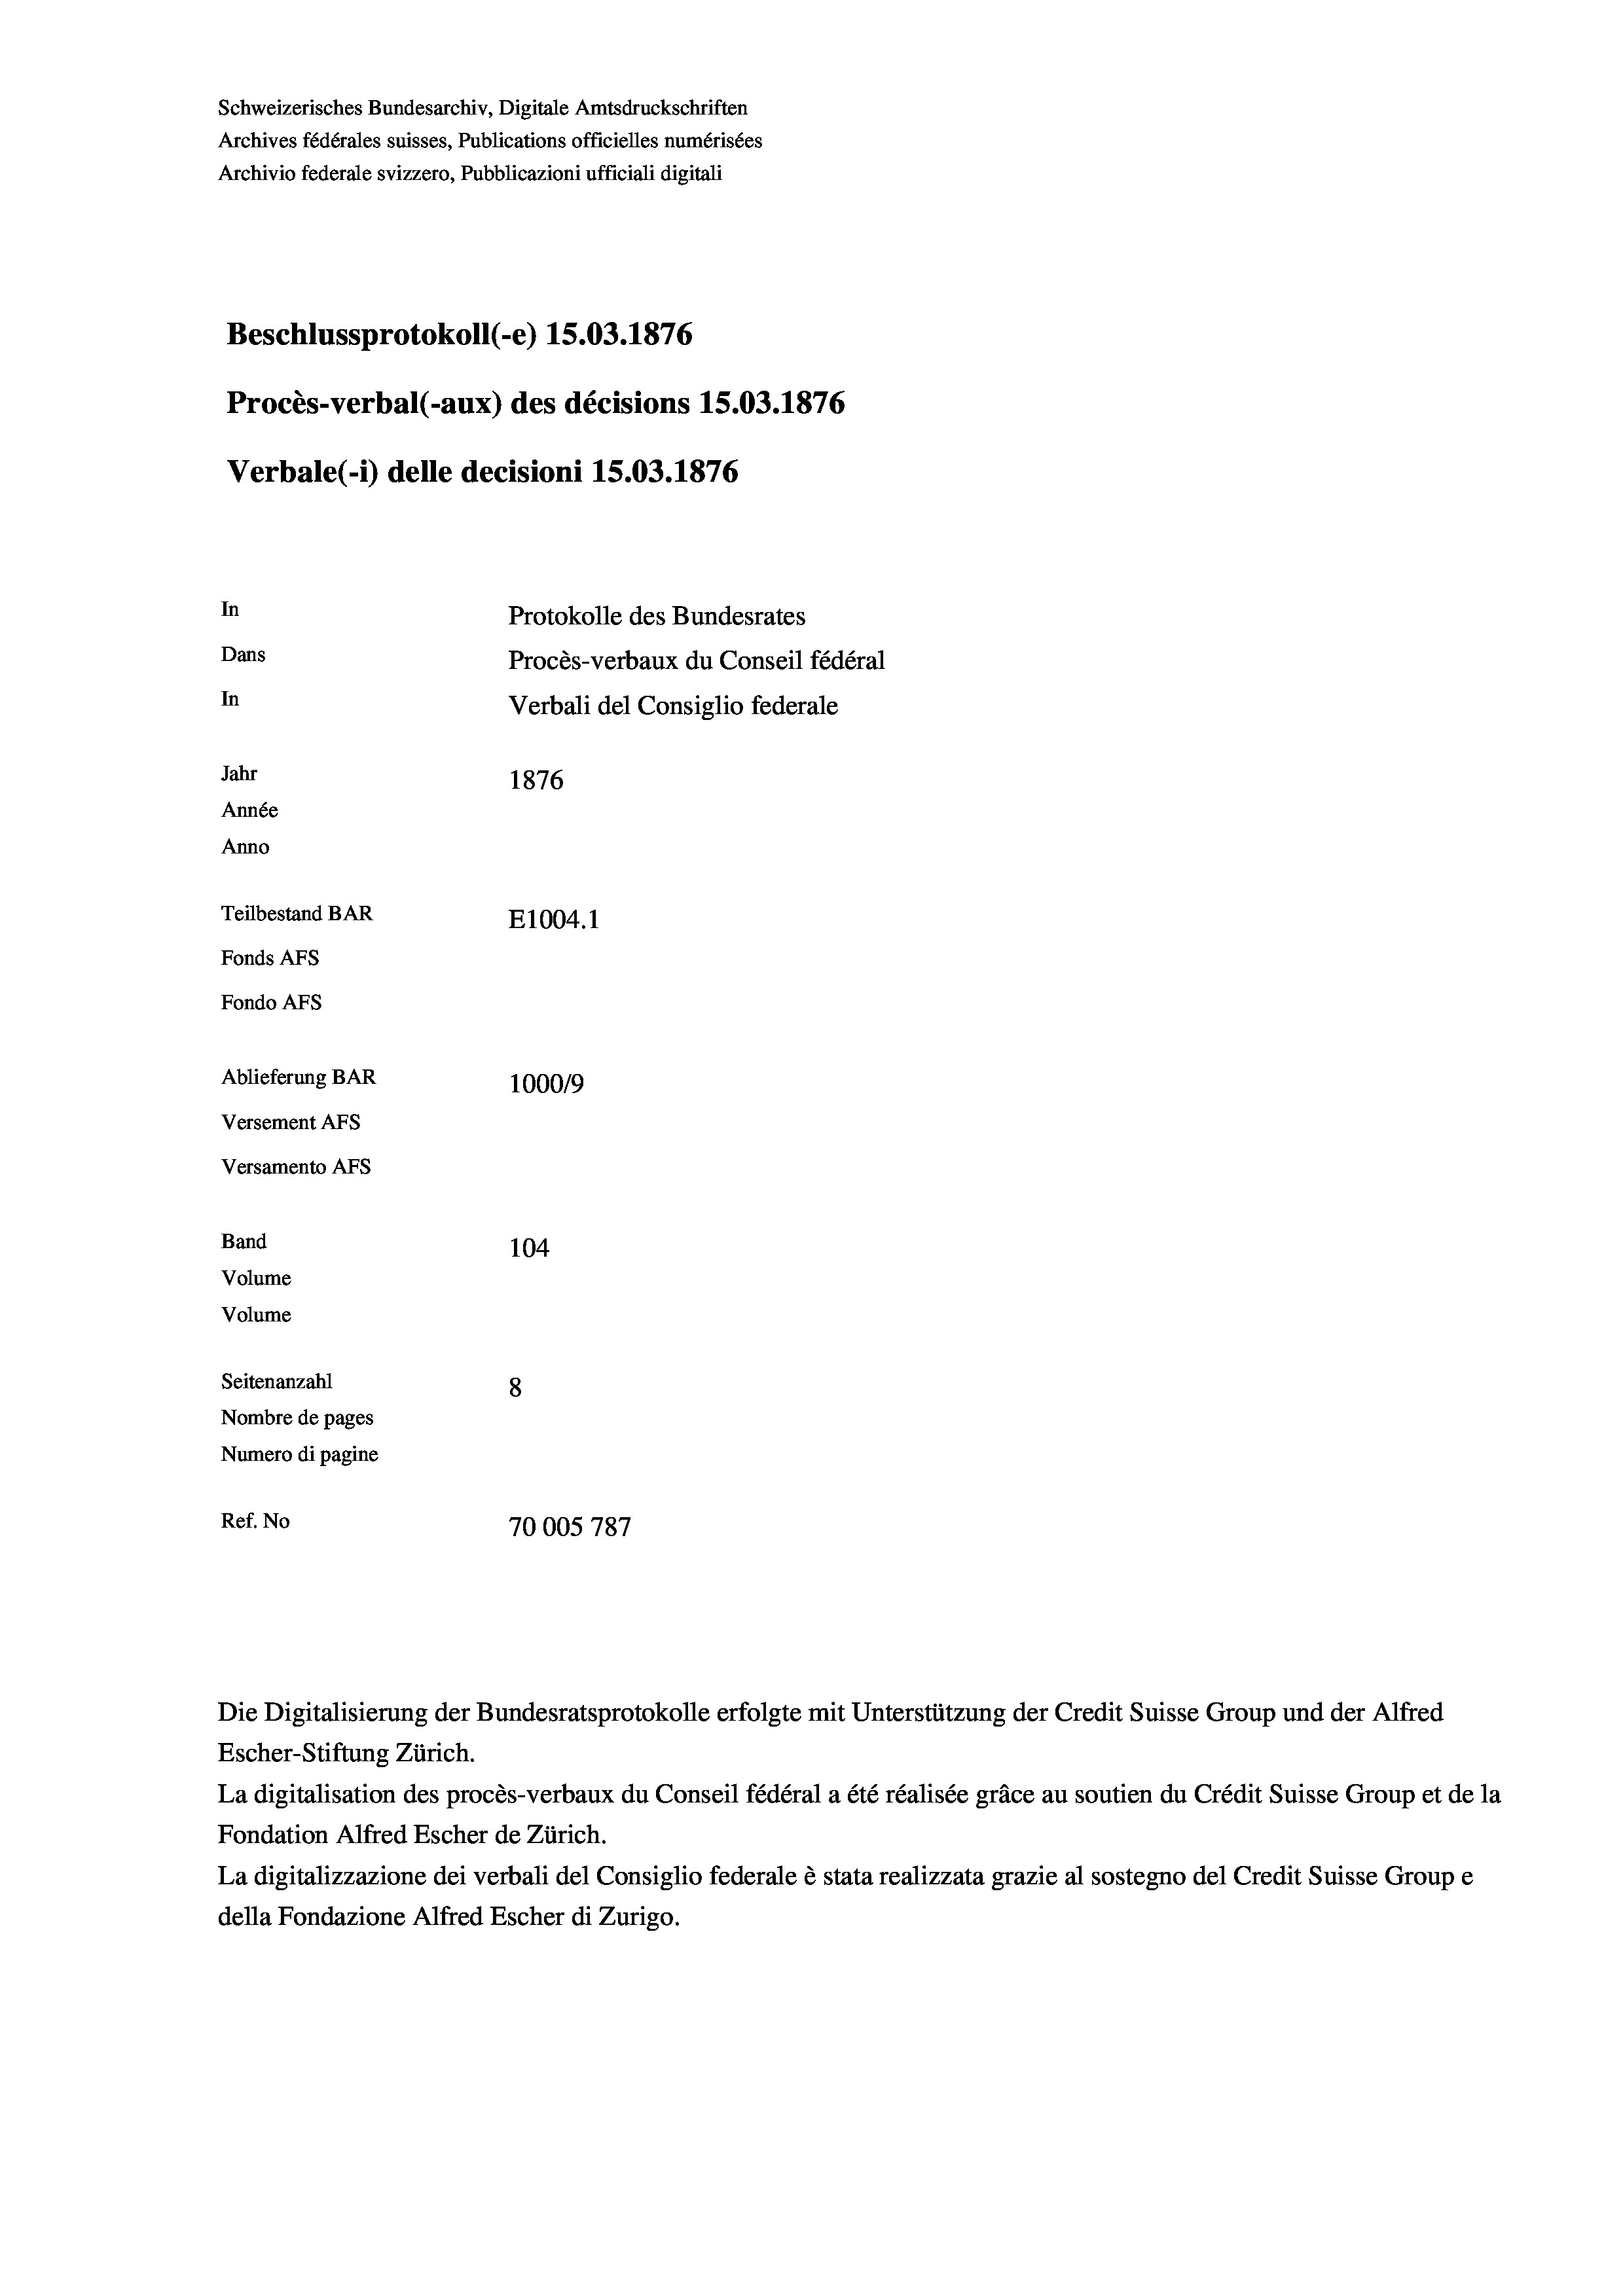
Schweizerisches Bundesarchiv, Digitale Amtsdruckschriften
Archives fédérales suisses, Publications officielles numérisées
Archivio federale svizzero, Pubblicazioni ufficiali digitali
Beschlussprotokoll (-e) 15.03. 1876
Procès-verbal (-aux) des décisions 15.03. 1876
Verbale (1) delle decisioni 15.03. 1876
In
Protokolle des Bundesrates
Dans
Procès-verbaux du Conseil fédéral
In
Verbali del Consiglio federale
Jahr
1876
Année
Anno
Teilbestand BAR
E1004.1
Fonds AFs
Fondo AFS
Ablieferung BAR
1000/9
Versement AFS
Versamento AFs
Band
104
Volume
Volume
Seitenanzahl
8
Nombre de pages
Numero di pagine
Ref. No
70005 787

Escher-Stiftung Zürich.
La digitalisation des procès-verbaux du Conseil fédéral a été réalisée gräce au soutien du Crédit Suisse Group et de la
Fondation Alfred Escher de Zürich.
La digitalizzazione dei verbali del Consiglio federale è stata realizzata grazie al sostegno del Credit Suisse Groupe
della Fondazione Alfred Escher di Zurigo.

Die Digitalisierung der Bundesratsprotokolle erfolgte mit Unterstützung der Credit Suisse Group und der Alfred